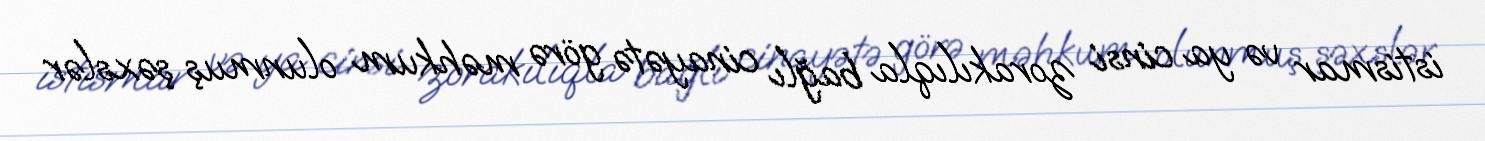
istismar və ya cinsi zorakılıqla bağlı cinayətə görə məhkum olunmuş şəxslər